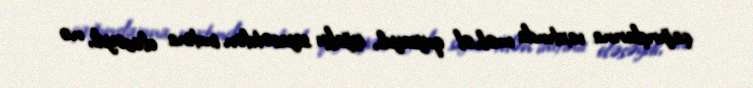
çağırışlarına vaxtında məhəl qoysaydı, işğalçı siyasətdən imtina eləsəydi, nə